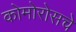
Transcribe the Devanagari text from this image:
कोमोरोसचे